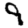
Digit: 9